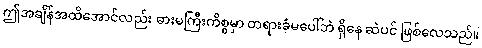
ဤအချိန်အထိအောင်လည်း ဓားမကြီးကိစ္စမှာ တရားခံမပေါ်ဘဲ ရှိနေ ဆဲပင် ဖြစ်လေသည်။